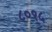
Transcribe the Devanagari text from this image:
८०१५